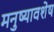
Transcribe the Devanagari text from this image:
मनुष्यावशेष